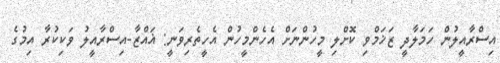
އިސްރާއީލުން ހަމަލާދީ ޒަޚަމްވި ކޮށްލި މީހުންނަށް އެހެންމީހުން އެހީތެރިވަނީ: ޣައްޒާ-އިސްރާއީލު ވަކިކުރާ އިމުގެ